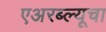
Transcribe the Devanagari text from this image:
एअरब्ल्यूचा